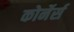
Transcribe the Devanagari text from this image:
कोर्नेर्स